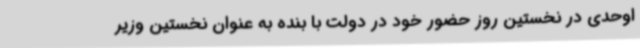
اوحدی در نخستین روز حضور خود در دولت با بنده به عنوان نخستین وزیر